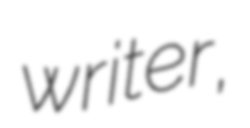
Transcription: writer,